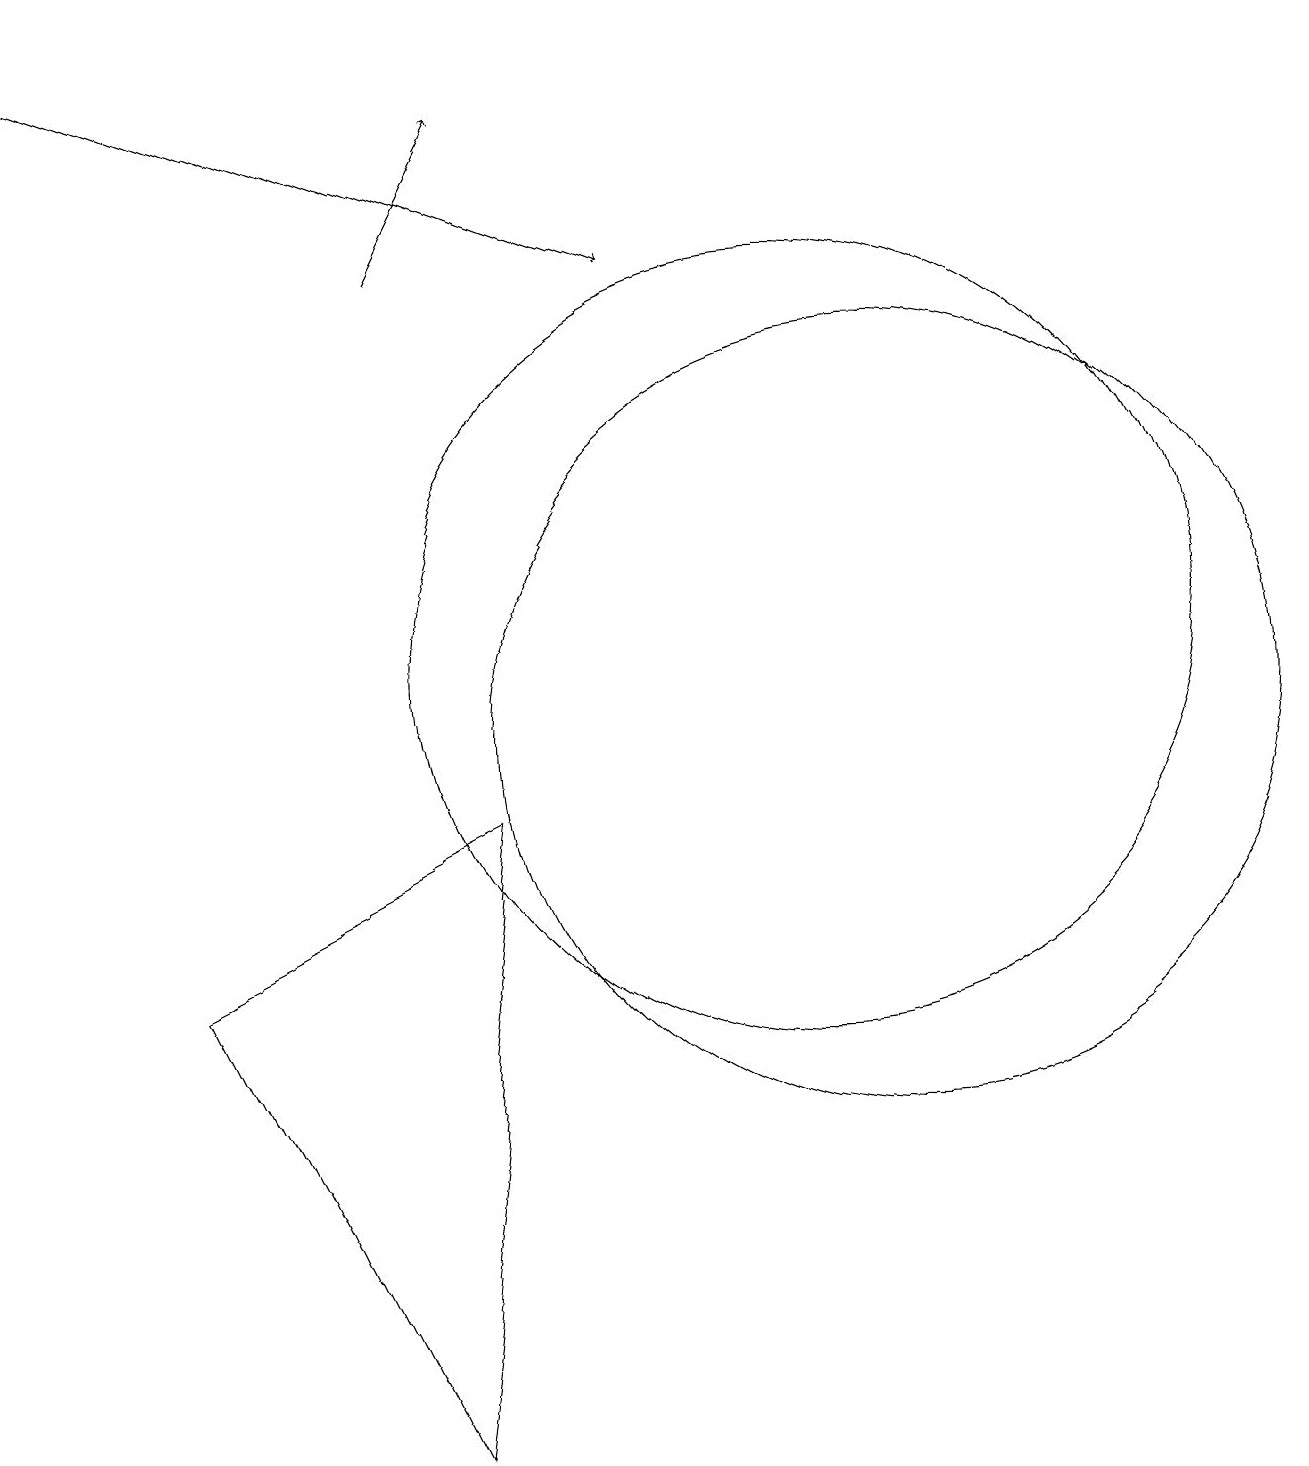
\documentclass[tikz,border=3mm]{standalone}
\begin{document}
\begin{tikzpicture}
\draw (12,10) circle (5);
\draw[->] (6,16) -- (7,18);
\draw[->] (1,19) -- (9,16);
\draw (3,7) -- (6,1) -- (7,9) -- cycle;
\draw (11,11) circle (0);
\draw (11,11) circle (5);
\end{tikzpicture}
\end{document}